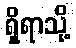
ရှိရာသို့